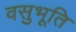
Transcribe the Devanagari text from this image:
वसुभूति